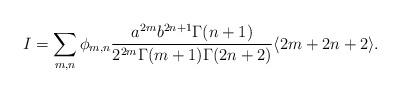
LaTeX: \begin{align*}I = \sum_{m,n} \phi_{m,n} \frac{a^{2m} b^{2n+1} \Gamma(n+1)}{2^{2m} \Gamma(m+1) \Gamma(2 n + 2)}\langle 2 m + 2n + 2 \rangle.\end{align*}